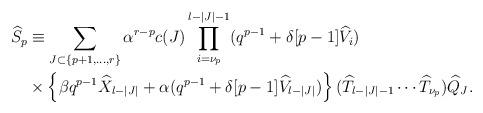
LaTeX: \begin{align*}\widehat{S}_{p}&\equiv\sum_{J \subset \{p+1, \ldots , r\}}\alpha^{r-p}c(J) \prod_{i=\nu_{p}}^{l-|J|-1}(q^{p-1}+\delta[p-1]\widehat{V}_{i})\\ &{}\times\left\{\beta q^{p-1}\widehat{X}_{l-|J|}+\alpha(q^{p-1}+\delta[p-1]\widehat{V}_{l-|J|})\right\}(\widehat{T}_{l-|J|-1}\cdots \widehat{T}_{\nu_{p}})\widehat{Q}_{J}. \end{align*}